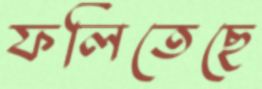
ফলিতেছে